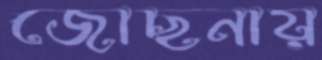
জোছনায়